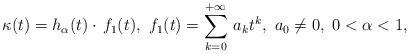
LaTeX: \begin{align*}\kappa(t) = h_{\alpha}(t) \cdot \, f_1(t),\ f_1(t)=\sum_{k=0}^{+\infty}\, a_k t^k, \ a_0 \not = 0,\ 0<\alpha <1,\end{align*}